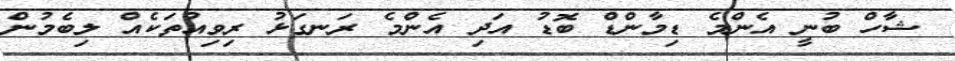
ޝާހް ބުނީ އެންމެ ޑިމާންޑް ބޮޑު އަދި އެންމެ ރަނގަޅު ރިވިއުތަކެއް ލިބެމުން